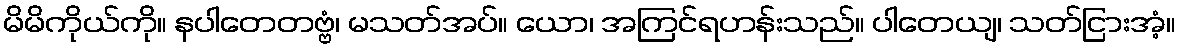
မိမိကိုယ်ကို။ နပါတေတဗ္ဗံ၊ မသတ်အပ်။ ယော၊ အကြင်ရဟန်းသည်။ ပါတေယျ၊ သတ်ငြားအံ့။